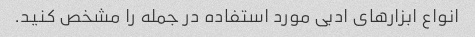
انواع ابزارهای ادبی مورد استفاده در جمله را مشخص کنید.